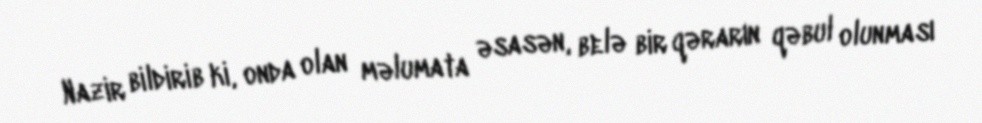
Nazir bildirib ki, onda olan məlumata əsasən, belə bir qərarın qəbul olunması